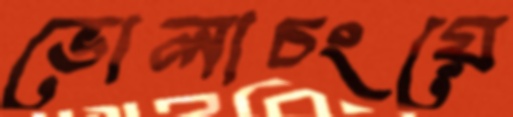
ভোলাচংয়ে